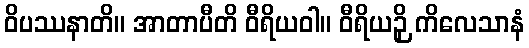
ဝိပဿနာတိ။ အာတာပီတိ ဝီရိယဝါ။ ဝီရိယဉှိ ကိလေသာနံ